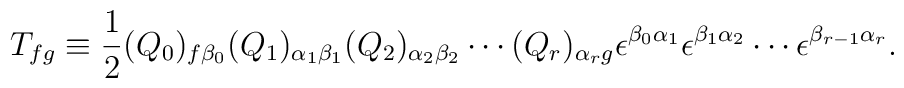
T_{fg}\equiv \frac{1}{2}(Q_{0})_{f\beta _{0}}(Q_{1})_{\alpha _{1}\beta _{1}}(Q_{2})_{\alpha _{2}\beta _{2}}\cdots (Q_{r})_{\alpha _{r}g}\epsilon ^{\beta _{0}\alpha _{1}}\epsilon ^{\beta _{1}\alpha _{2}}\cdots \epsilon ^{\beta _{r-1}\alpha _{r}}.